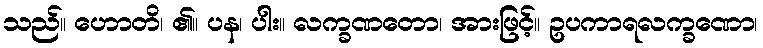
သည်။ ဟောတိ၊ ၏။ ပန၊ ပါး။ လက္ခဏတော၊ အားဖြင့်။ ဥပကာရလက္ခဏော၊